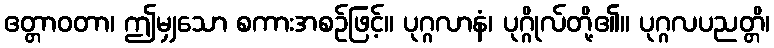
ဧတ္တာဝတာ၊ ဤမျှသော စကားအစဉ်ဖြင့်။ ပုဂ္ဂလာနံ၊ ပုဂ္ဂိုလ်တို့၏။ ပုဂ္ဂလပညတ္တိ၊